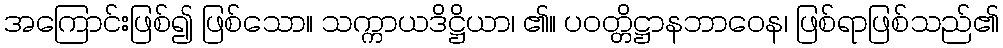
အကြောင်းဖြစ်၍ ဖြစ်သော။ သက္ကာယဒိဋ္ဌိယာ၊ ၏။ ပဝတ္တိဋ္ဌာနဘာဝေန၊ ဖြစ်ရာဖြစ်သည်၏